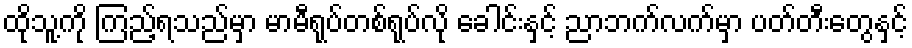
ထိုသူ့ကို ကြည့်ရသည်မှာ မာမီရုပ်တစ်ရုပ်လို ခေါင်းနှင့် ညာဘက်လက်မှာ ပတ်တီးတွေနှင့်